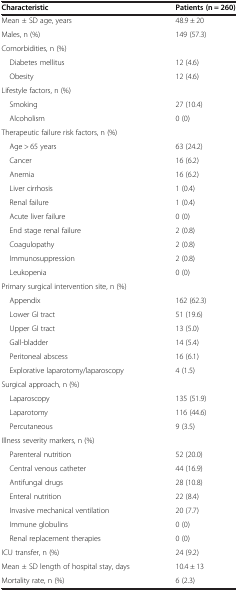
<table><thead><tr><td><b>Characteristic</b></td><td><b>Patients (n = 260)</b></td></tr></thead><tbody><tr><td>Mean ± SD age, years</td><td>48.9 ± 20</td></tr><tr><td>Males, n (%)</td><td>149 (57.3)</td></tr><tr><td>Comorbidities, n (%)</td><td> </td></tr><tr><td> Diabetes mellitus</td><td>12 (4.6)</td></tr><tr><td> Obesity</td><td>12 (4.6)</td></tr><tr><td>Lifestyle factors, n (%)</td><td> </td></tr><tr><td> Smoking</td><td>27 (10.4)</td></tr><tr><td> Alcoholism</td><td>0 (0)</td></tr><tr><td>Therapeutic failure risk factors, n (%)</td><td> </td></tr><tr><td> Age &gt; 65 years</td><td>63 (24.2)</td></tr><tr><td> Cancer</td><td>16 (6.2)</td></tr><tr><td> Anemia</td><td>16 (6.2)</td></tr><tr><td> Liver cirrhosis</td><td>1 (0.4)</td></tr><tr><td> Renal failure</td><td>1 (0.4)</td></tr><tr><td> Acute liver failure</td><td>0 (0)</td></tr><tr><td> End stage renal failure</td><td>2 (0.8)</td></tr><tr><td> Coagulopathy</td><td>2 (0.8)</td></tr><tr><td> Immunosuppression</td><td>2 (0.8)</td></tr><tr><td> Leukopenia</td><td>0 (0)</td></tr><tr><td>Primary surgical intervention site, n (%)</td><td> </td></tr><tr><td> Appendix</td><td>162 (62.3)</td></tr><tr><td> Lower GI tract</td><td>51 (19.6)</td></tr><tr><td> Upper GI tract</td><td>13 (5.0)</td></tr><tr><td> Gall-bladder</td><td>14 (5.4)</td></tr><tr><td> Peritoneal abscess</td><td>16 (6.1)</td></tr><tr><td> Explorative laparotomy/laparoscopy</td><td>4 (1.5)</td></tr><tr><td>Surgical approach, n (%)</td><td> </td></tr><tr><td> Laparoscopy</td><td>135 (51.9)</td></tr><tr><td> Laparotomy</td><td>116 (44.6)</td></tr><tr><td> Percutaneous</td><td>9 (3.5)</td></tr><tr><td>Illness severity markers, n (%)</td><td> </td></tr><tr><td> Parenteral nutrition</td><td>52 (20.0)</td></tr><tr><td> Central venous catheter</td><td>44 (16.9)</td></tr><tr><td> Antifungal drugs</td><td>28 (10.8)</td></tr><tr><td> Enteral nutrition</td><td>22 (8.4)</td></tr><tr><td> Invasive mechanical ventilation</td><td>20 (7.7)</td></tr><tr><td> Immune globulins</td><td>0 (0)</td></tr><tr><td> Renal replacement therapies</td><td>0 (0)</td></tr><tr><td>ICU transfer, n (%)</td><td>24 (9.2)</td></tr><tr><td>Mean ± SD length of hospital stay, days</td><td>10.4 ± 13</td></tr><tr><td>Mortality rate, n (%)</td><td>6 (2.3)</td></tr></tbody></table>